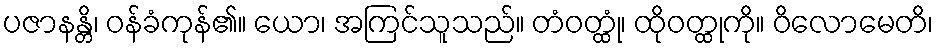
ပဇာနန္တိ၊ ဝန်ခံကုန်၏။ ယော၊ အကြင်သူသည်။ တံဝတ္ထုံ၊ ထိုဝတ္ထုကို။ ဝိလောမေတိ၊